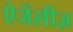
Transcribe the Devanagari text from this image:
ऐजेंसीज़